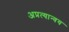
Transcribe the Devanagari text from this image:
अप्रत्यान्वय